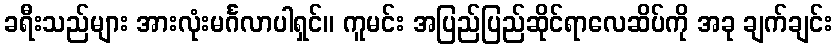
ခရီးသည်များ အားလုံးမင်္ဂလာပါရှင်။ ကူမင်း အပြည်ပြည်ဆိုင်ရာလေဆိပ်ကို အခု ချက်ချင်း